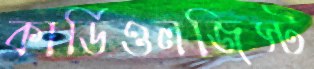
কার্ডিওলজিস্ট